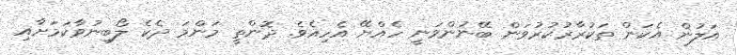
އަލުން އެކަން ތަކުރާރުކުރުވަން ބޭނުންވަނީ ހެއްޔޭ އެހިއެވެ. ދޮންތީ މަންމަ ދެކެ ލޯބިނުވާކަމަށާއި